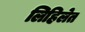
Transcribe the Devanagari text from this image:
लिहिलेत